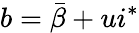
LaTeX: b=\bar{\beta}+ui^{*}